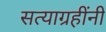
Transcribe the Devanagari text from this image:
सत्याग्रहींनी